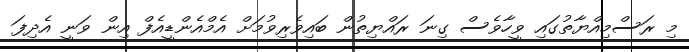
މި ރަސްމިއްޔާތުގައި ވީހާވެސް ގިނަ ރައްޔިތުން ބައިވެރިވުމަށް އެމްއެންޑީއެފް އިން ވަނީ އެދިފަ